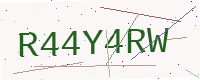
Text: R44Y4RW